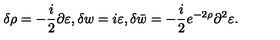
\delta \rho = - { \frac { i } { 2 } } \partial \varepsilon , \delta w = i \varepsilon , \delta \bar { w } = - { \frac { i } { 2 } } e ^ { - 2 \rho } \partial ^ { 2 } \varepsilon .